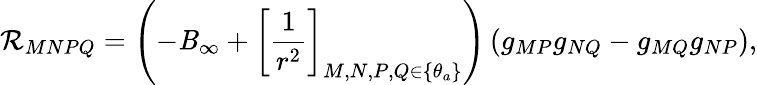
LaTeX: \mathcal{R}_{MNPQ}=\left(-\mathit{B}_{\infty}+\left[\frac{{1}}{{r^{2}}}\right]_{M,N,P,Q\in\{ \theta_{a}\} }\right)\left(g_{MP}g_{NQ}-g_{MQ}g_{NP}\right),